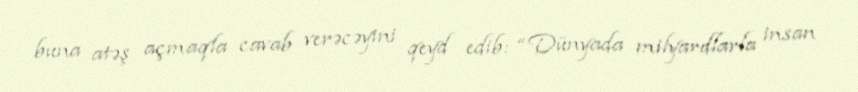
buna atəş açmaqla cavab verəcəyini qeyd edib: “Dünyada milyardlarla insan